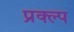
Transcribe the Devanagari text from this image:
प्रक्ल्प